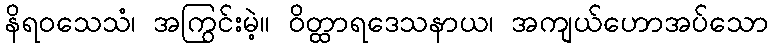
နိရဝသေသံ၊ အကြွင်းမဲ့။ ဝိတ္ထာရဒေသနာယ၊ အကျယ်ဟောအပ်သော